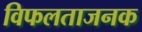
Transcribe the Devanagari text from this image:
विफलताजनक